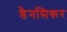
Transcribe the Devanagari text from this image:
डैनसिकर